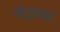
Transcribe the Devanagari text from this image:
वोड्यार